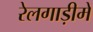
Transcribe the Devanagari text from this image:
रेलगाड़ीमें